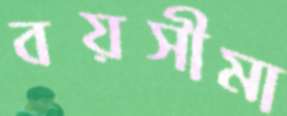
বয়সীমা